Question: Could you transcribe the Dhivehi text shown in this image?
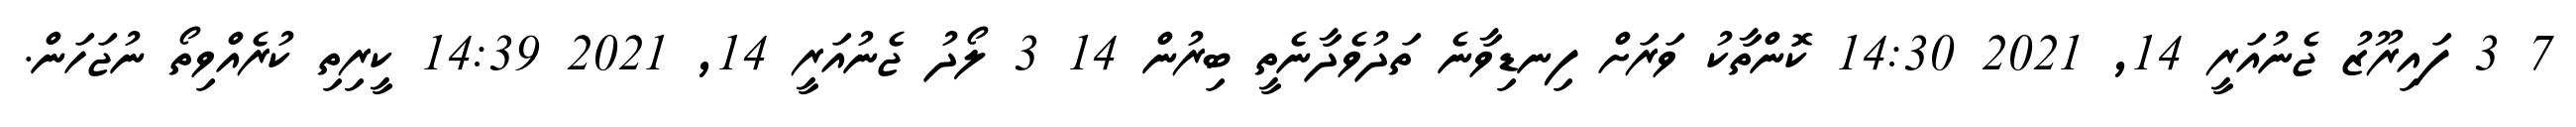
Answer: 7 3 ފައިރޫޒު ޖެނުއަރީ 14, 2021 14:30 ކޮންތާކު ވަރަށް ފިނޑިވާނެ ތަދުވެދާނެތީ ބިރުން 14 3 ލޯދު ޖެނުއަރީ 14, 2021 14:39 ކީރިތި ކުރެއްވިތޯ ނުޖަހަން.